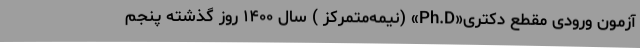
آزمون ورودی مقطع دکتری«Ph.D» (نیمه‌متمرکز ) سال ۱۴۰۰ روز گذشته پنجم